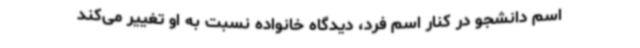
اسم دانشجو در کنار اسم فرد، دیدگاه خانواده نسبت به او تغییر می‌کند